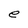
Character: e